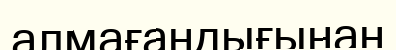
алмағандығынан